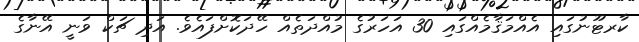
ކާރޓޫނުގައި އެއްމަޤާމެއްގައި 30 އަހަރުގެ މުއްދަތެއް ހޭދަކޮށްފައެވެ. އަދި ޗަކް ވަނީ އޭނާގެ